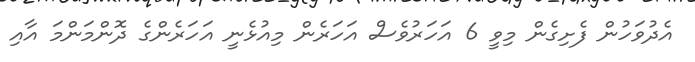
އެދުވަހުން ފެށިގެން މިވީ 6 އަހަރުވެސް އަހަރެން މިއުޅެނީ އަހަރެންގެ ދޮންމަންމަ އާއި